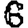
Digit: 6